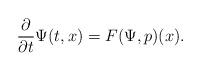
LaTeX: \begin{align*}\frac{\partial}{\partial t} \Psi(t,x) = F(\Psi, p)(x).\end{align*}